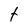
Character: t